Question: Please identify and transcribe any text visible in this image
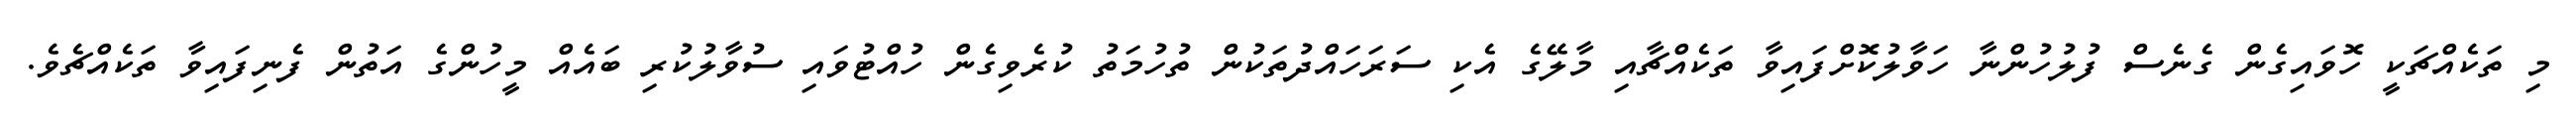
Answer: މި ތަކެއްޗަކީ ހޮވައިގެން ގެނެސް ފުލުހުންނާ ހަވާލުކޮށްފައިވާ ތަކެއްޗާއި މާލޭގެ އެކި ސަރަހައްދުތަކުން ތުހުމަތު ކުރެވިގެން ހުއްޓުވައި ސުވާލުކުރި ބައެއް މީހުންގެ އަތުން ފެނިފައިވާ ތަކެއްޗެވެ.